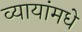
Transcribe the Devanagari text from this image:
व्यायांमधे